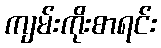
ကျမ်းကိုးစာရင်း